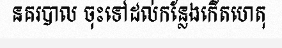
នគរបាល ចុះទៅដល់កន្លែងកើតហេតុ